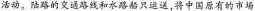
活动。陆路的交通路线和水路船只运送，将中国原有的市场